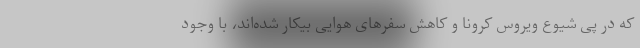
که در پی شیوع ویروس کرونا و کاهش سفرهای هوایی بیکار شده‌اند، با وجود